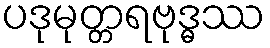
ပဒုမုတ္တရဗုဒ္ဓဿ